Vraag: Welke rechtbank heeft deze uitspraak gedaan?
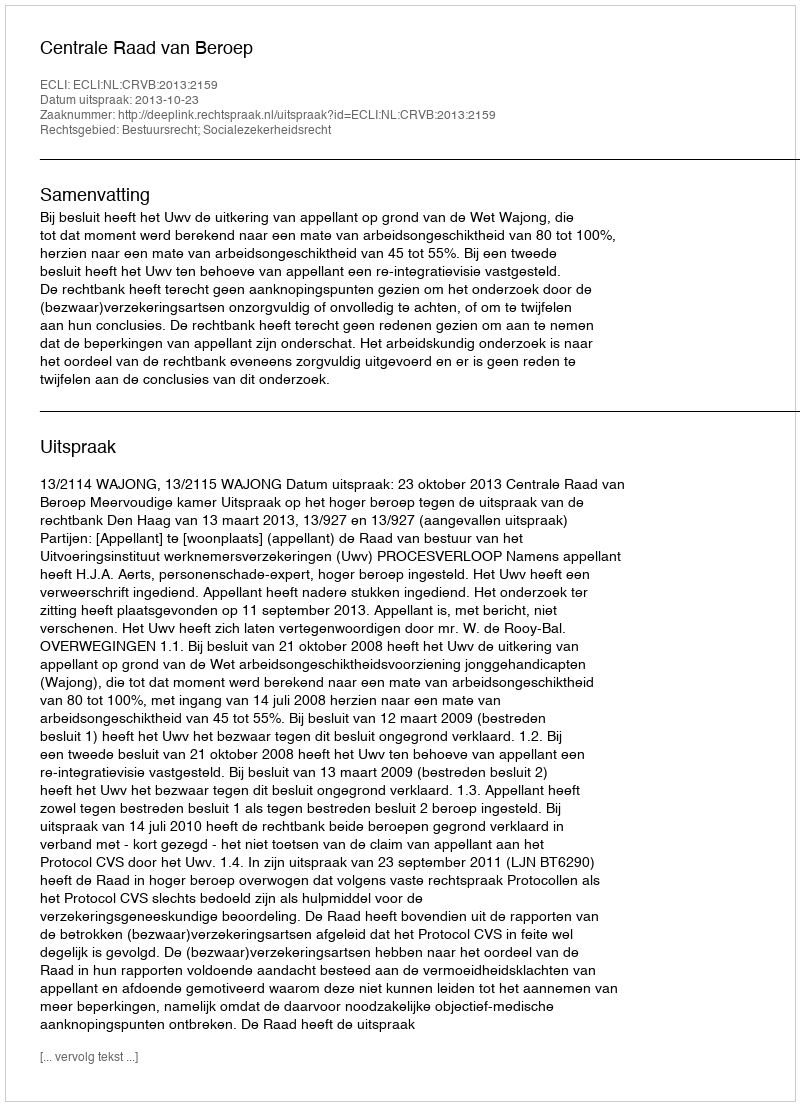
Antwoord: Centrale Raad van Beroep